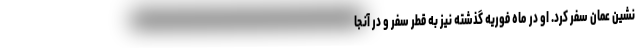
نشین عمان سفر کرد. او در ماه فوریه گذشته نیز به قطر سفر و در آنجا